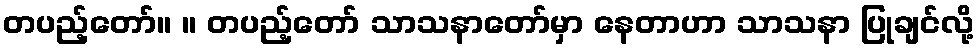
တပည့်တော်။ ။ တပည့်တော် သာသနာတော်မှာ နေတာဟာ သာသနာ ပြုချင်လို့